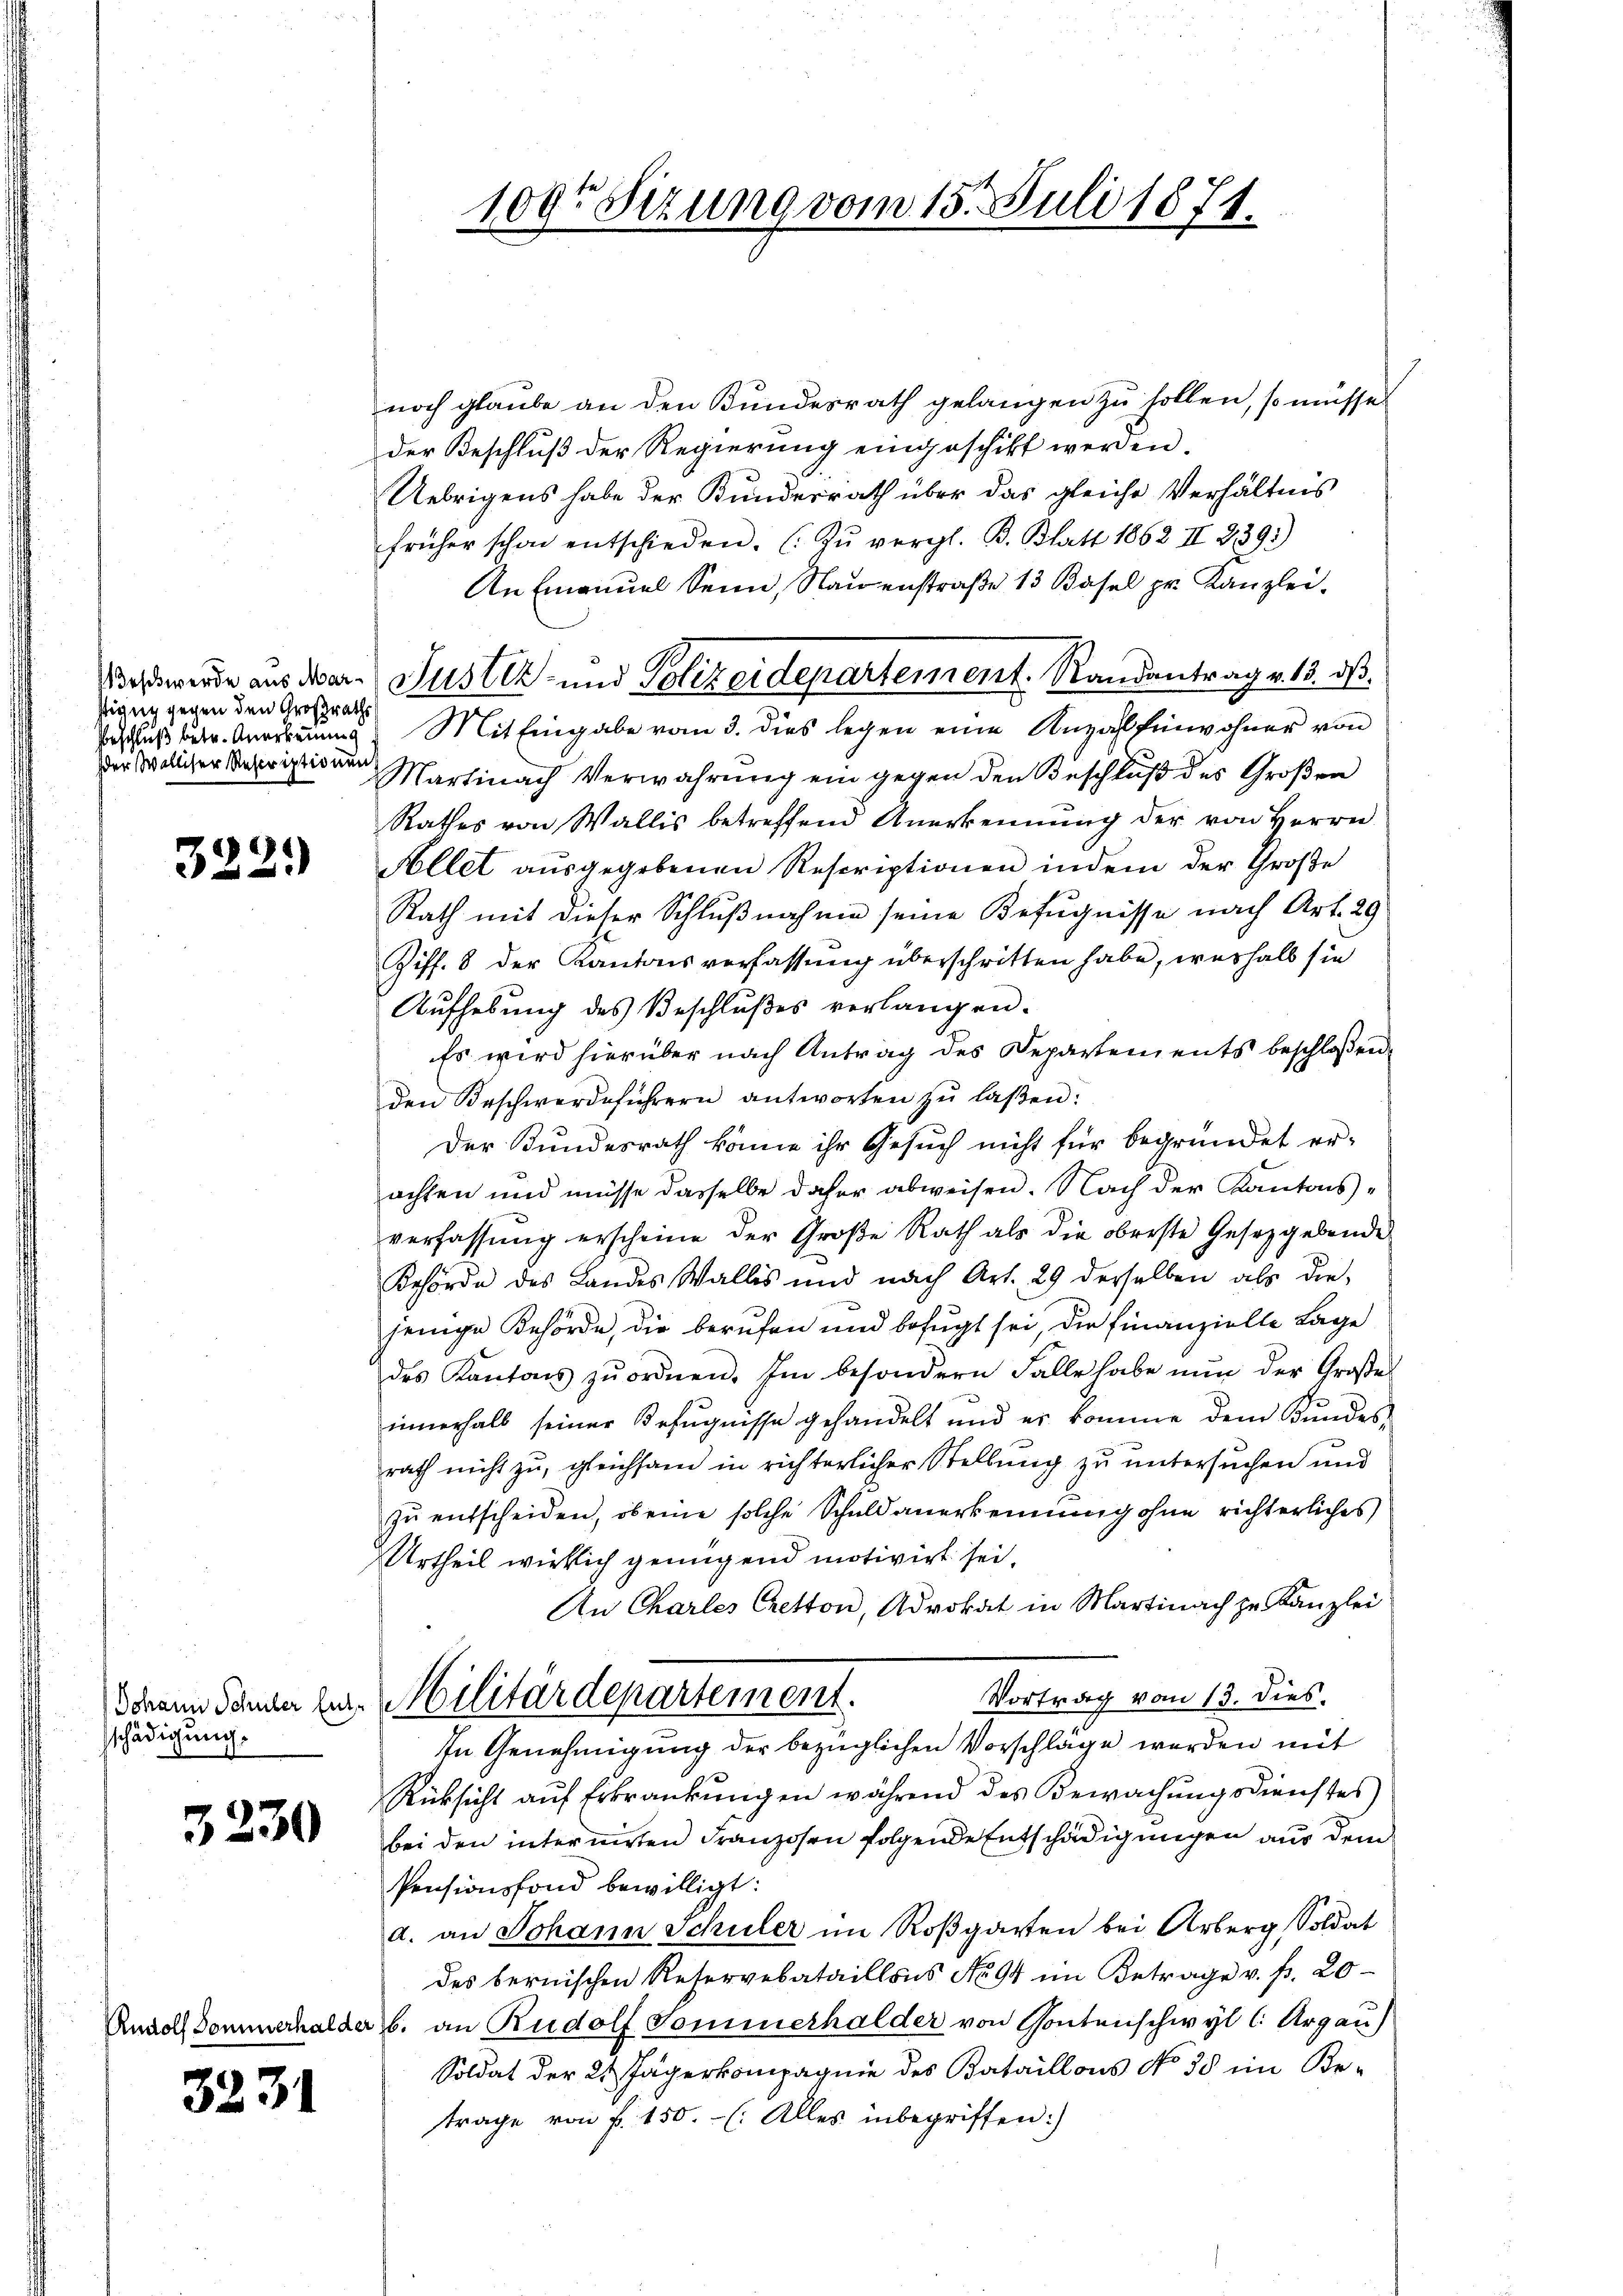
Pigug gegen den Großraths
der Walliser Rescriptionen

3221)

schädigung.

3230

3231

noch glaube an den Bundesrath gelangen zu sollen, so müsse
der Beschluß der Regierung eingeschickt werden.
Uebrigens habe der Kundesrath über das gleiche Verhältnis
früher schon entschieden. (Zŭ vergl. B. Blatt 1862 II 239.)
An Emanuel Senn, Nauenstraße 13 Basel pr. Kanzlei-
Beschluß betr. Anerkennung. Mit Eingabe vom 3. dies legen eine Anzahl Einwohner von
Martinach Verwahrŭng ein gegen den Beschlŭβ des Großen
Rathes von Wallis betreffend Anerkennung der von Herrn
Allet ausgegebenen Rescriptionen indem der Große
Rath mit dieser Schlußnahme seine Befugnisse nach Art. 29
Ziff. 8 der Kantonsverfassung überschritten habe, weshalb sie
Aufhebung des Beschlußes verlangen.
Es wird hierüber nach Antrag des Departements beschloßen,
den Beschwerdeführern antworten zŭ laßen:
Der Bundesrath könne ihr Gesuch nicht für begründet er-
achten und müsse dasselbe daher abweisen. Nach der Kantonsverfassŭng erscheine der Große Rath als die oberste Gesetzgebende
Behörde des Landes Wallis und nach Art. 29 derselben als die-
jenige Behörde, die berufen und befugt sei, die Finanzielle Lage
des Kantons zŭ ordnen. Im besondern Falle habe nŭn der Großes
innerhalb seiner Befugnisse gehandelt und er komme dem Bŭndes-
rath nicht zu, gleichsam in richterlicher Stellung zu untersuchen und
zu entscheiden, ob eine solche Schuld anerkennung ohne richterliches
Urtheil wirklich genügend motivirt sei.
An Charles Cretton, Advokat in Martinach zu Kanzlei:
Vortrag vom 13. dies
Idrain Pander zur Militärdepartement.
In Genehmigung der bezüglichen Vorschläge werden mit
Rücksicht auf Erkrankungen während des Bewachungsdienstes
bei den internirten Franzosen folgende Entschädigungen aus dem
Pensionsfond bewilligt:
d. an Johann Schuler im Roßgarten bei Arberg, Soldat
des bernischen Reservebataillons No 94 im Betrage v. fr. 20
Rudolf Bommerhalder b. an Rudolf Sommerhalder von Gontenschwyl C. Argau)
Soldat der 21 Jägerkompagnie des Bataillons No 35 im Betrage von f. 150.- (: Alles inbegriffen:)

1093 Sizung vom 15. Juli 1871.

Wolwerde aus der Justiz- und Polizeidepartement. Randantrag v. 13. dß.